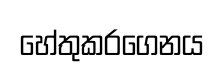
හේතුකරගෙනය